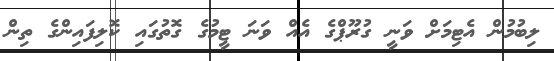
ލިބުމުން އެޓިމަށް ވަނީ ގުރޫޕްގެ އެއް ވަނަ ޓީމުގެ ގޮތުގައި ކޮލިފައިންގެ ތިން